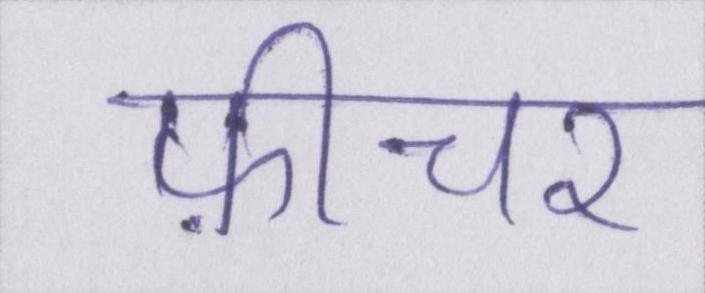
फ़ीचर